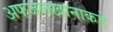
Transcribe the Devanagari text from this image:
अफजलखानाकडे